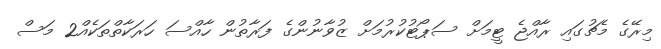
މިރޭގެ މެޗުގައި ރާއްޖެ ޓީމަށް ސަޕޯޓުކުރުމަށް ޒުވާނުންގެ ފަރާތުން ހާއްސަ ހަރަކާތްތަކެއް2 މަސް